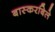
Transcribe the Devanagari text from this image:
बास्करबिले